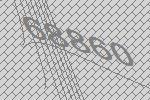
68860